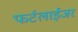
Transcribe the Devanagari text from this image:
फर्टलाईजर